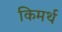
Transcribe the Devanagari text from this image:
किमर्थ